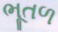
ભૂતળ